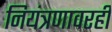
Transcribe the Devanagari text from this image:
नियंत्रणावरही